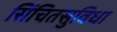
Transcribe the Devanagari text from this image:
सिंचितसुविधा